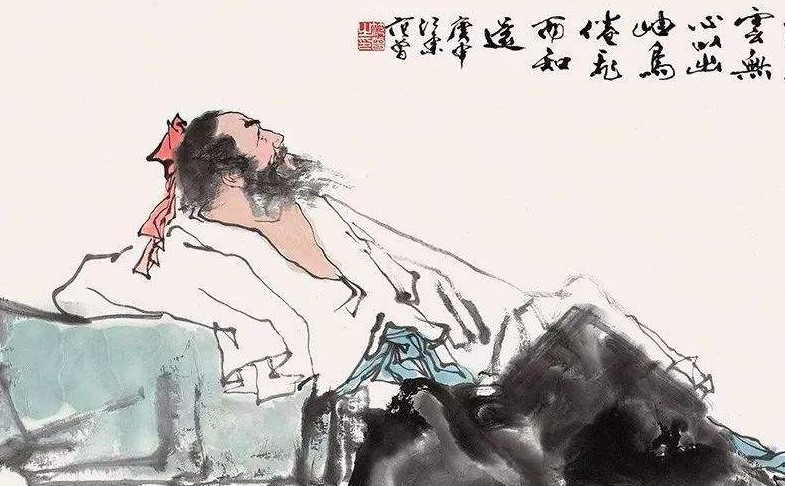
不戚戚于贫贱，不汲汲于富贵。